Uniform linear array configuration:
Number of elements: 4
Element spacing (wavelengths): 0.25
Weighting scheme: hann
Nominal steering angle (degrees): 60
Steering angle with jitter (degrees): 60.515
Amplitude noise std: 0.05
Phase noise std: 0.05

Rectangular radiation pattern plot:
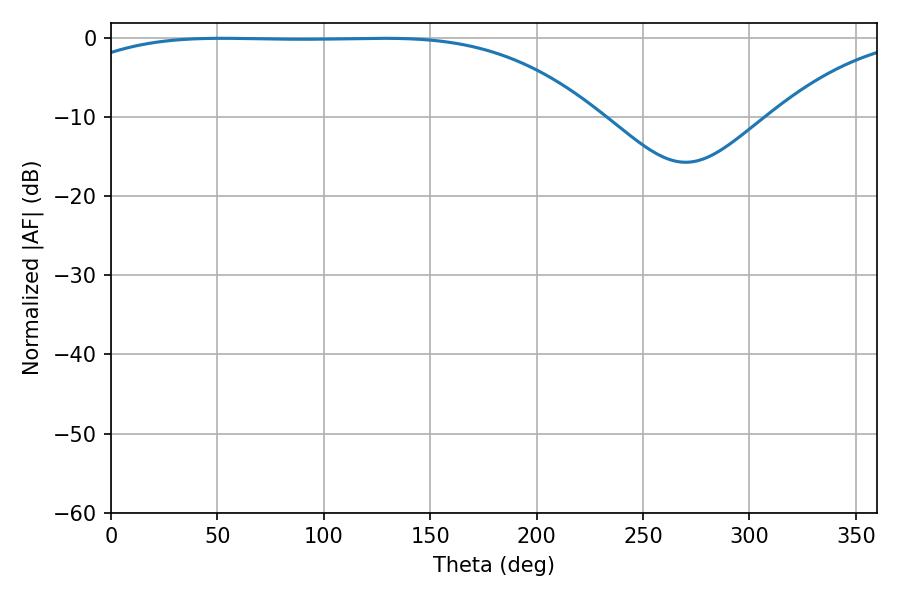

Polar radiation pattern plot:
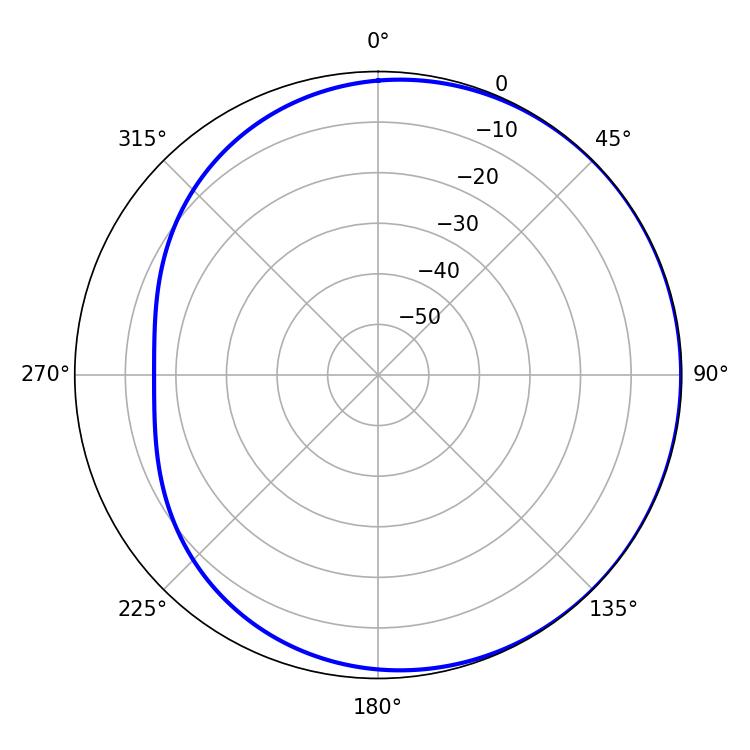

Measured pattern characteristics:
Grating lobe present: FALSE
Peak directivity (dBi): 0.7456
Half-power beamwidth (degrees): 192.06
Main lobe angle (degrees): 52.2